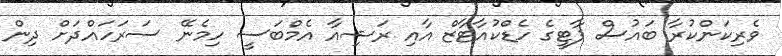
ވެރިކަންކުރާ ބައުސް ޕާޓީގެ ހެޑްކުއާޓާޒް އާއި ރަޝިއާ އެމްބަސީ ހިމެނޭ ސަރަހައްދަށް ދިން